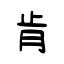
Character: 肯